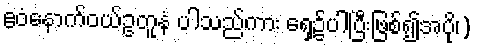
ဧဝံနောက်ဝယ်ဥတူနံ ပါသည်ကား ရှေ့၌ပါပြီးဖြစ်၍အပို၊)